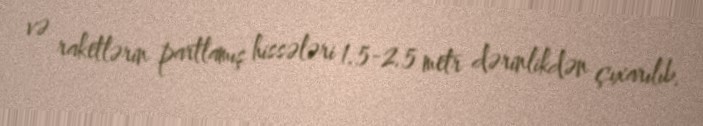
və raketlərin partlamış hissələri 1.5-2.5 metr dərinlikdən çıxarılıb.